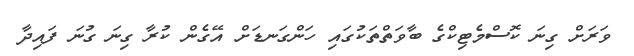
ވަރަށް ގިނަ ކޮސްމެޓިކްގެ ބާވަތްތަކުގައި ހަންގަނޑަށް އޭގެން ކުރާ ގިނަ ގުނަ ފައިދާ